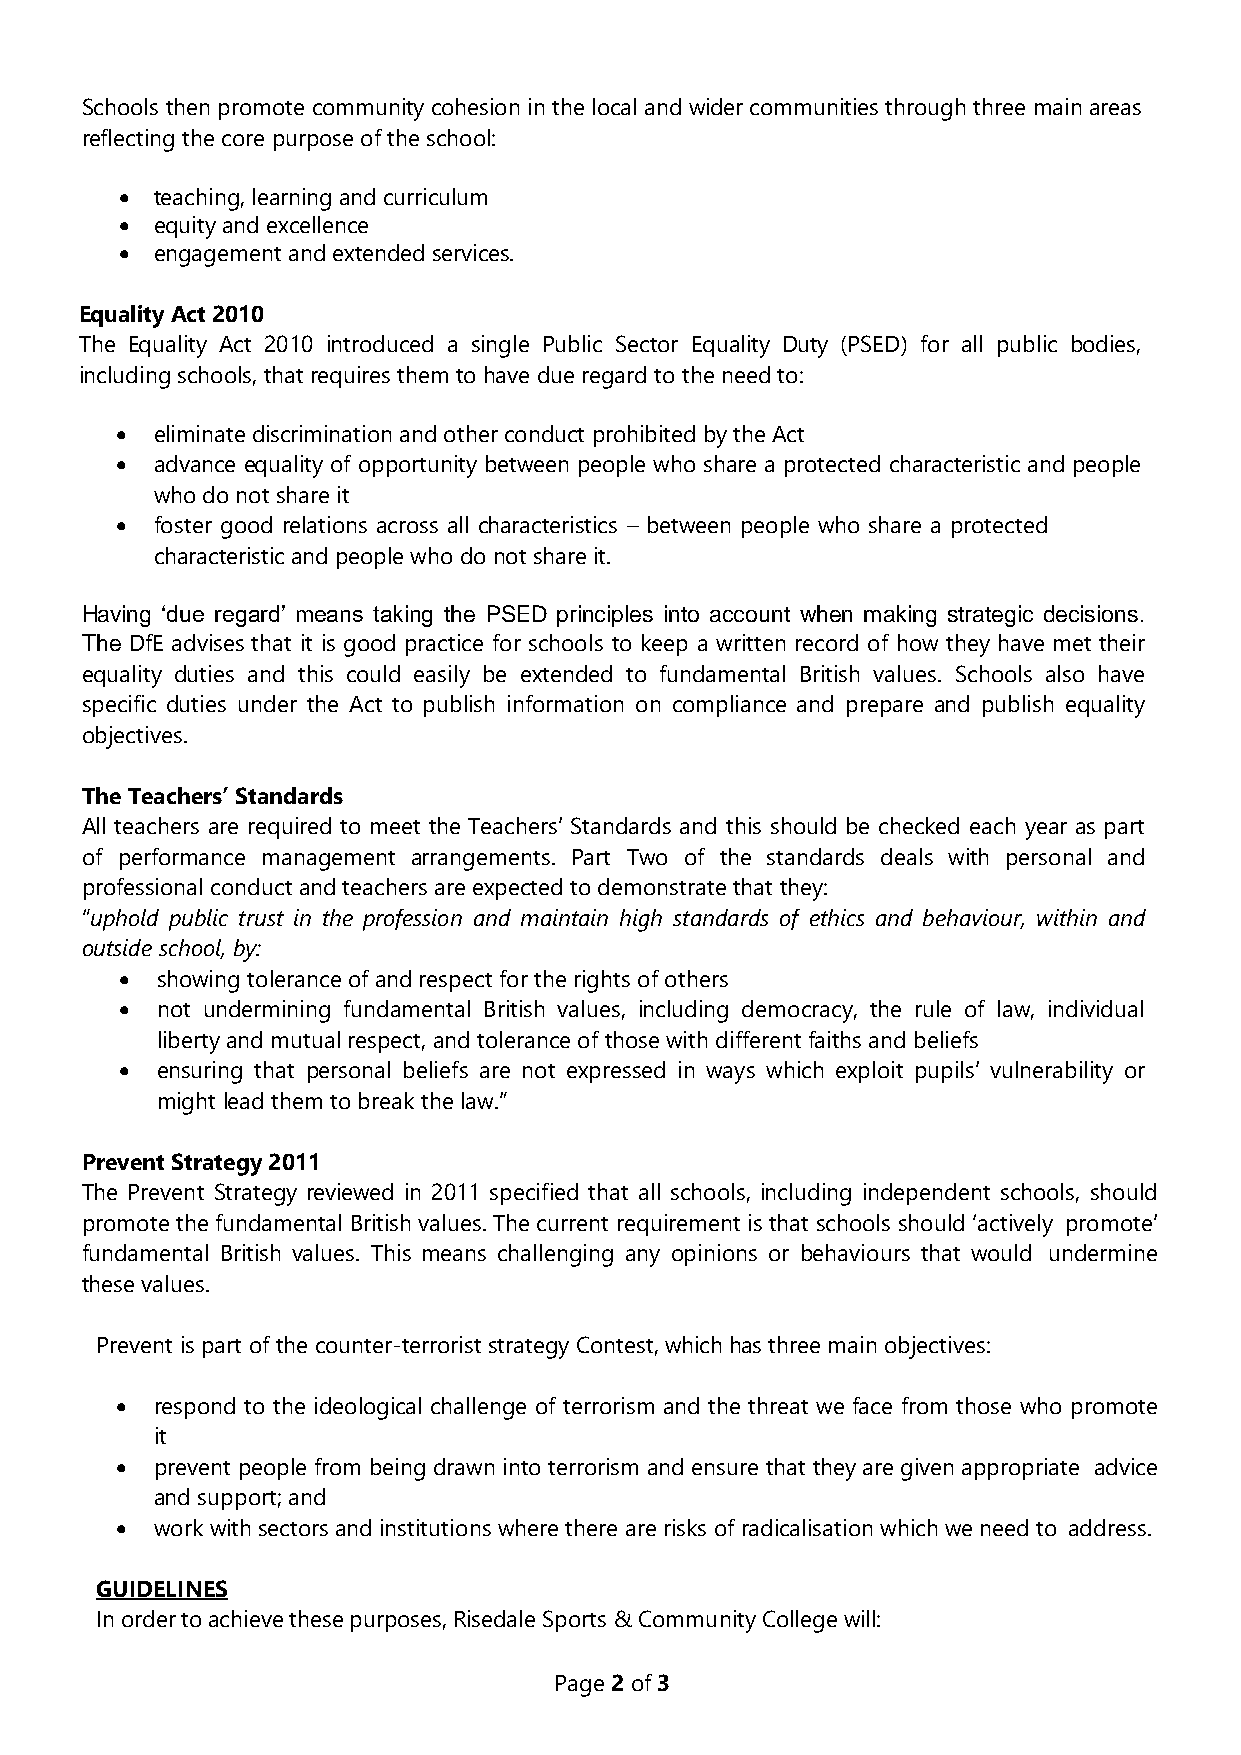
Schools then promote community cohesion in the local and wider communities through three main areas
 reflecting the core purpose of the school:
  teaching, learning and curriculum
  equity and excellence
  engagement and extended services.
 Equality Act 2010
 The Equality Act 2010 introduced a single Public Sector Equality Duty (PSED) for all public bodies,
 including schools, that requires them to have due regard to the need to:
  eliminate discrimination and other conduct prohibited by the Act
  advance equality of opportunity between people who share a protected characteristic and people
 who do not share it
  foster good relations across all characteristics – between people who share a protected
 characteristic and people who do not share it.
 Having ‘due regard’ means taking the PSED principles into account when making strategic decisions.
 The DfE advises that it is good practice for schools to keep a written record of how they have met their
 equality duties and this could easily be extended to fundamental British values. Schools also have
 specific duties under the Act to publish information on compliance and prepare and publish equality
 objectives.
 The Teachers’ Standards
 All teachers are required to meet the Teachers’ Standards and this should be checked each year as part
 of performance management arrangements. Part Two of the standards deals with personal and
 professional conduct and teachers are expected to demonstrate that they:
 “uphold public trust in the profession and maintain high standards of ethics and behaviour, within and
 outside school, by:
  showing tolerance of and respect for the rights of others
  not undermining fundamental British values, including democracy, the rule of law, individual
 liberty and mutual respect, and tolerance of those with different faiths and beliefs
  ensuring that personal beliefs are not expressed in ways which exploit pupils’ vulnerability or
 might lead them to break the law.”
 Prevent Strategy 2011
 The Prevent Strategy reviewed in 2011 specified that all schools, including independent schools, should
 promote the fundamental British values. The current requirement is that schools should ‘actively promote’
 fundamental British values. This means challenging any opinions or behaviours that would undermine
 these values.
 Prevent is part of the counter-terrorist strategy Contest, which has three main objectives:
  respond to the ideological challenge of terrorism and the threat we face from those who promote
 it
  prevent people from being drawn into terrorism and ensure that they are given appropriate advice
 and support; and
  work with sectors and institutions where there are risks of radicalisation which we need to address.
 GUIDELINES
 In order to achieve these purposes, Risedale Sports & Community College will:
 Page 2 of 3